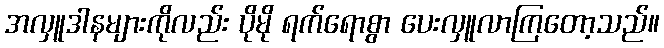
အလှူဒါနများကိုလည်း ပိုမို ရက်ရောစွာ ပေးလှူလာကြတော့သည်။